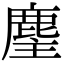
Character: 麈